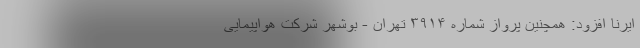
ایرنا افزود: همچنین پرواز شماره ۳۹۱۴ تهران - بوشهر شرکت هواپیمایی